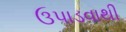
ઉપાડવાથી